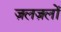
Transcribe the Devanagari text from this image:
ज़लज़लों